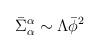
LaTeX: \begin{align*}\bar{\Sigma}^{\alpha}_{\alpha } \sim \Lambda \bar{\phi}^2\end{align*}